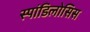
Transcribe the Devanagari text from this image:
स्पांडिलोसिस